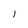
Character: l